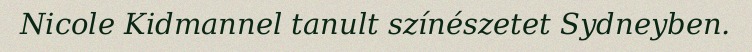
Nicole Kidmannel tanult színészetet Sydneyben.